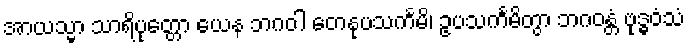
အာယသ္မာ သာရိပုတ္တော ယေန ဘဂဝါ တေနုပသင်္ကမိ၊ ဥပသင်္ကမိတွာ ဘဂဝန္တံ ဗုဒ္ဓဝံသံ